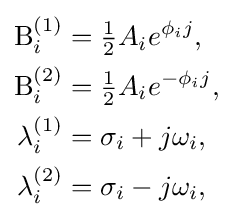
{\begin{aligned}\mathrm {B} _{i}^{(1)}&={\tfrac {1}{2}}A_{i}e^{\phi _{i}j},\\\mathrm {B} _{i}^{(2)}&={\tfrac {1}{2}}A_{i}e^{-\phi _{i}j},\\\lambda _{i}^{(1)}&=\sigma _{i}+j\omega _{i},\\\lambda _{i}^{(2)}&=\sigma _{i}-j\omega _{i},\end{aligned}}